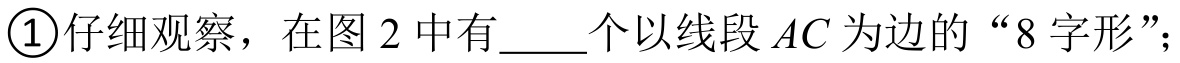
\textcircled{1}仔细观察，在图2中有  \underline{\qquad}个以线段\(AC\)为边的“8字形”；